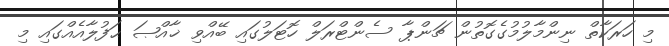
މި ހަރަކާތް ނިންމާލުމުގެގޮތުން ޗަންޕާ ސެންޓްރަލް ހޮޓަލުގައި ބޭއްވި ޚާއްޞަ ޙަފުލާއެއްގައި މި